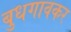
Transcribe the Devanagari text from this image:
बुधगावकर